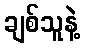
ချစ်သူနဲ့